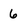
Character: 6